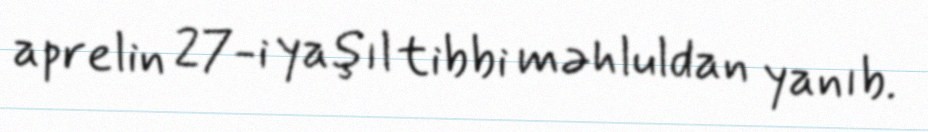
aprelin 27-i yaşıl tibbi məhluldan yanıb.